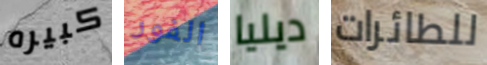
كبيره الفور ديليا للطائرات